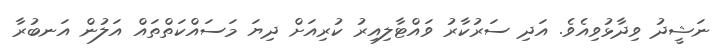
ނަޝީދު ވިދާޅުވިއެވެ. އަދި ސަރުކާރު ވައްޓާލިއިރު ކުރިއަށް ދިޔަ މަސައްކަތްތައް އަލުން އަނބުރާ